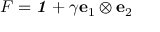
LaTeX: { \boldsymbol { F } } = { \boldsymbol { \mathit { 1 } } } + \gamma \mathbf { e } _ { 1 } \otimes \mathbf { e } _ { 2 }